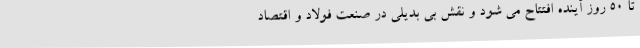
تا 50 روز آینده افتتاح می شود و نقش بی بدیلی در صنعت فولاد و اقتصاد